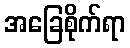
အခြေစိုက်ရာ